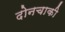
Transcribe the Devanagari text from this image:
दोनचाकी